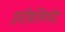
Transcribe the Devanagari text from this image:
इस्टैबलिश्मेंट